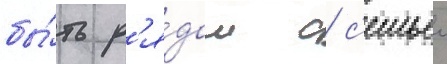
бы́ть р'я́дом с с'емьеи